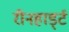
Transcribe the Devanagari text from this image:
रीनहार्ड्ट